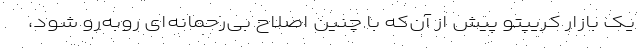
یک بازار کریپتو پیش از آن‌که با چنین اصلاح بی‌رحمانه‌ای روبه‌رو شود،